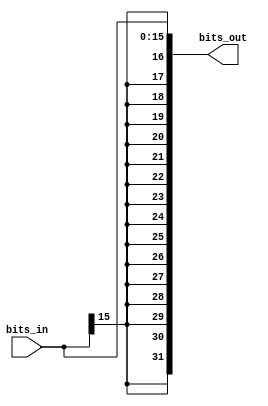
module SignExtensionUnity(bits_in, bits_out);
input [15:0] bits_in;
output [31:0] bits_out;

assign bits_out = {{16{bits_in[15]}}, bits_in[15:0]}; //Number is sign extended by concatenating bit 15

endmodule